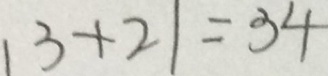
1 3 + 2 1 = 3 4